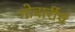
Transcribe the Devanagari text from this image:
गोवारींचं